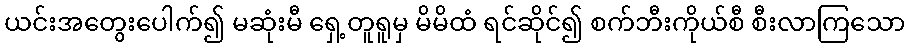
ယင်းအတွေးပေါက်၍ မဆုံးမီ ရှေ့တူရူမှ မိမိထံ ရင်ဆိုင်၍ စက်ဘီးကိုယ်စီ စီးလာကြသော